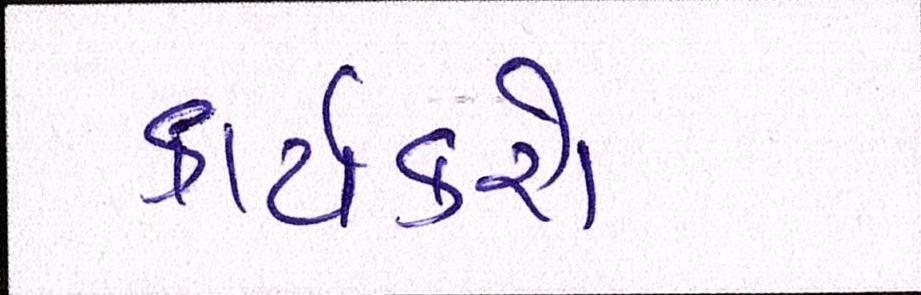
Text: કાર્યકરો